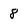
Character: 8